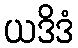
ယဒိဒံ